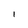
Character: 1